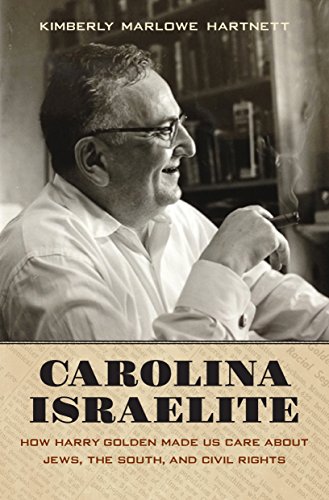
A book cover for Carolina Israelite: How Harry Golden Made Us Care about Jews, the South, and Civil Rights; Kimberly Marlowe Hartnett; Literature & Fiction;